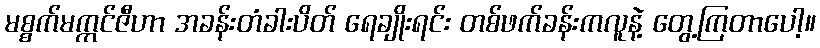
မစ္စက်မက္ကင်ဇီဟာ အခန်းတံခါးပိတ် ရေချိုးရင်း တစ်ဖက်ခန်းကလူနဲ့ တွေ့ကြတာပေါ့။